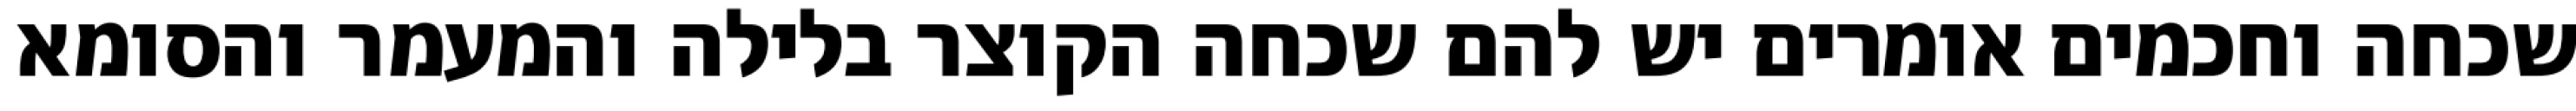
שכחה וחכמים אומרים יש להם שכחה הקוצר בלילה והמעמר והסומא